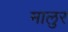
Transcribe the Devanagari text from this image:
मालुर